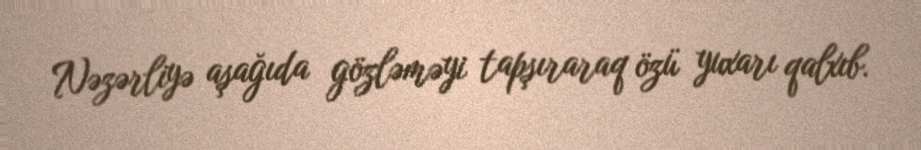
Nəzərliyə aşağıda gözləməyi tapşıraraq özü yuxarı qalxıb.